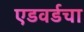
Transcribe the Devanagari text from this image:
एडवर्डचा